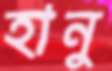
হানু